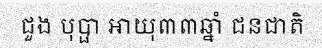
ជួង បុប្ផា អាយុ៣៣ឆ្នាំ ជនជាតិ